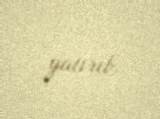
yatırıb.